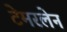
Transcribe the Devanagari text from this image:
टेमरलेन